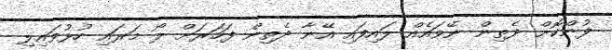
ފުންކޮށް ދެތިން ނޭވައެއް ލައިފައި އޭނާ ދެތިން ފަހަރަށް ލޯ މަރައި ހުޅުވައިލި